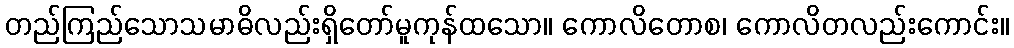
တည်ကြည်သောသမာဓိလည်းရှိတော်မူကုန်ထသော။ ကောလိတောစ၊ ကောလိတလည်းကောင်း။